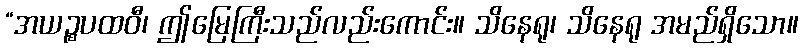
“အယဉ္စပထဝီ၊ ဤမြေကြီးသည်လည်းကောင်း။ သိနေရု၊ သိနေရု အမည်ရှိသော။